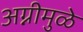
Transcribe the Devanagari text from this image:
अग्नीमुळे